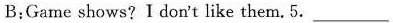
B:Game shows? I don't like them.5. ___